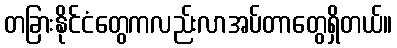
တခြားနိုင်ငံတွေကလည်းလာအပ်တာတွေရှိတယ်။